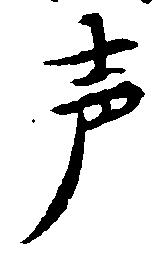
声